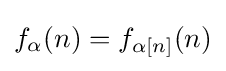
f_{\alpha }(n)=f_{\alpha [n]}(n)